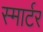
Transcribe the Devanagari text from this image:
स्मार्टर